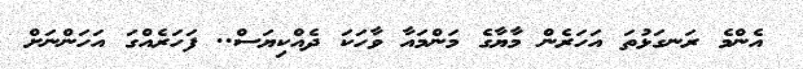
އެންމެ ރަނގަޅުތަ އަހަރެން މާޔާގެ މަންމައާ ވާހަކަ ދެއްކިޔަސް.. ފަހަރެއްގަ އަހަންނަށް